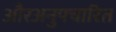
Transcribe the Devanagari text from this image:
औरअनुपचारित